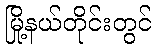
မြို့နယ်တိုင်းတွင်